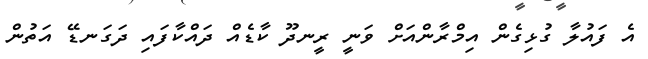
އެ ފައުލާ ގުޅިގެން އިމްރާންއަށް ވަނީ ރީނދޫ ކާޑެއް ދައްކާފައި ދަގަނޑޭ އަތުން